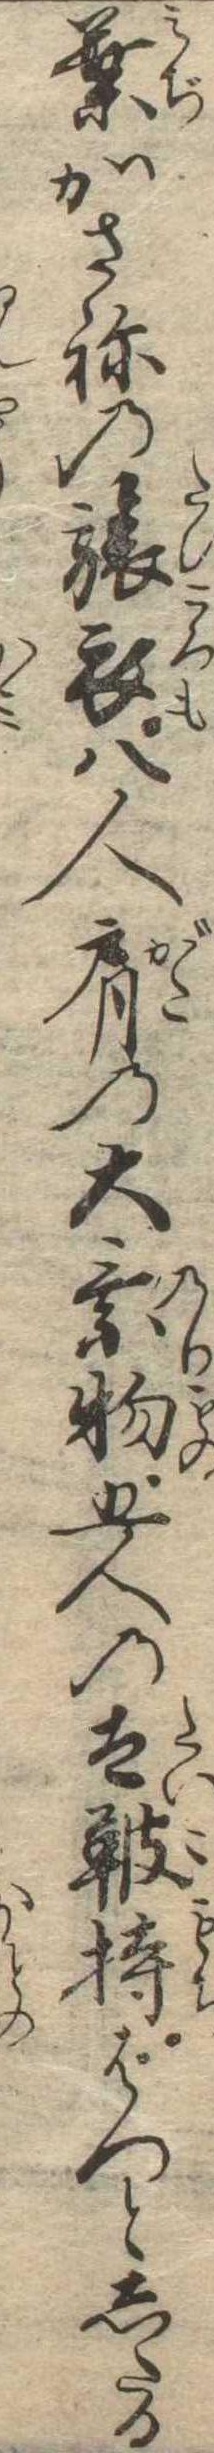
葉かさねの旅衣八人肩の大乗物五人の太鞁持ばつとしたる